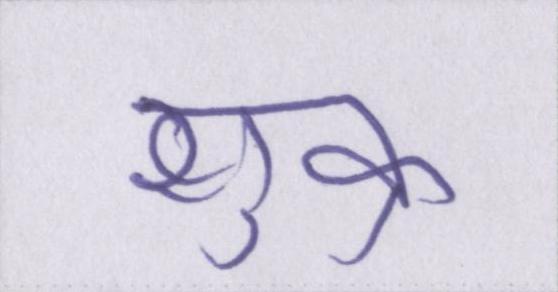
शुक्र